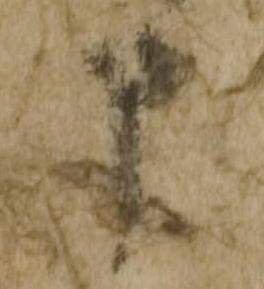
申